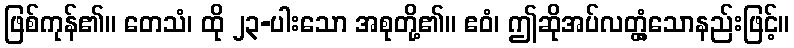
ဖြစ်ကုန်၏။ တေသံ၊ ထို ၂၃-ပါးသော အစုတို့၏။ ဧဝံ၊ ဤဆိုအပ်လတ္တံ့သောနည်းဖြင့်။